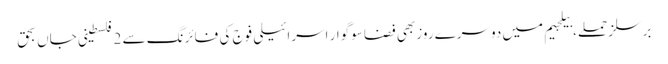
برسلز حملے، بیلجیم میں دوسرے روز بھی فضا سوگوار اسرائیلی فوج کی فائرنگ سے 2 فلسطینی جاں بحق